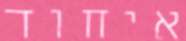
איחוד